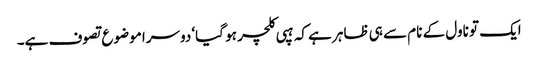
ایک تو ناول کے نام سے ہی ظاہر ہے کہ ہپی کلچر ہو گیا‘ دوسرا موضوع تصوف ہے۔